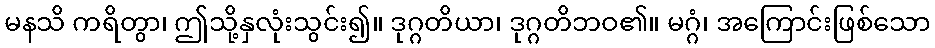
မနသိ ကရိတွာ၊ ဤသို့နှလုံးသွင်း၍။ ဒုဂ္ဂတိယာ၊ ဒုဂ္ဂတိဘဝ၏။ မဂ္ဂံ၊ အကြောင်းဖြစ်သော